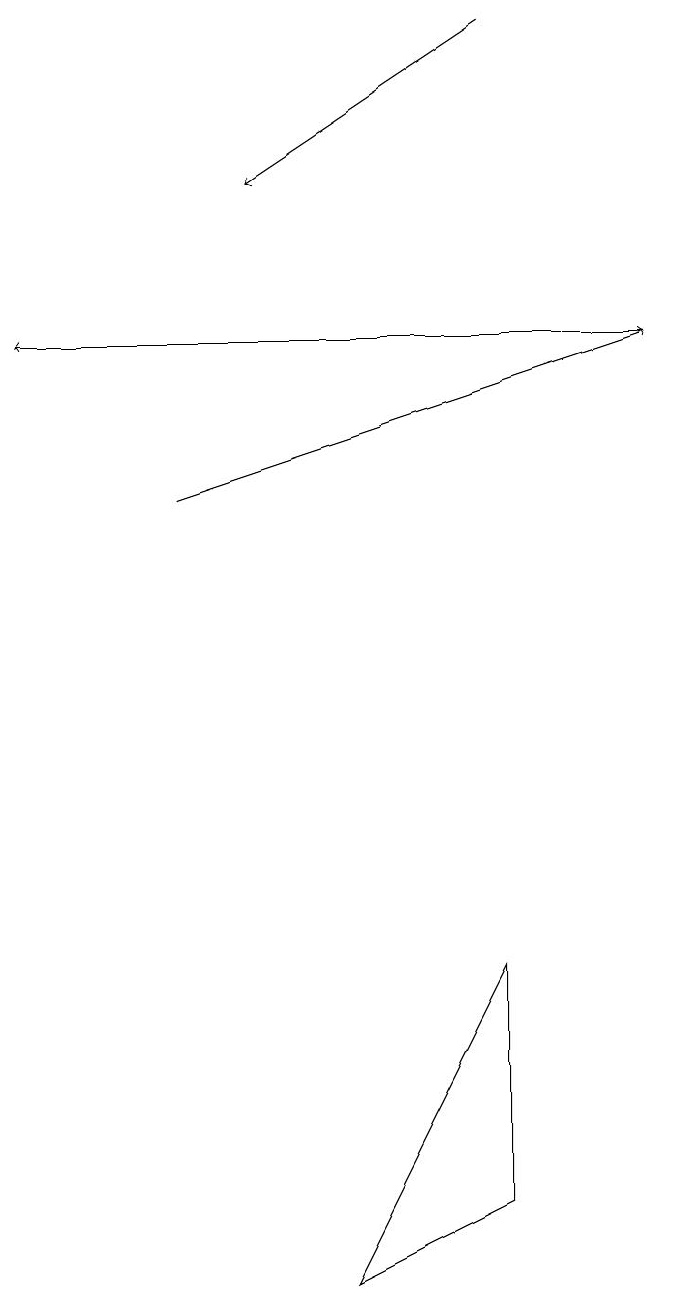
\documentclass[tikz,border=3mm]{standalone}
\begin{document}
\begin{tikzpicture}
\draw[->] (7,16) -- (4,14);
\draw (7,1) -- (7,4) -- (5,0) -- cycle;
\draw[->] (9,12) -- (1,12);
\draw[->] (3,10) -- (9,12);
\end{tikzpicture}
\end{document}